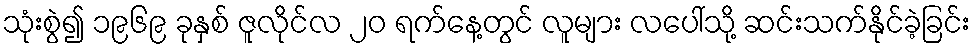
သုံးစွဲ၍ ၁၉၆၉ ခုနှစ် ဇူလိုင်လ ၂၀ ရက်နေ့တွင် လူများ လပေါ်သို့ ဆင်းသက်နိုင်ခဲ့ခြင်း